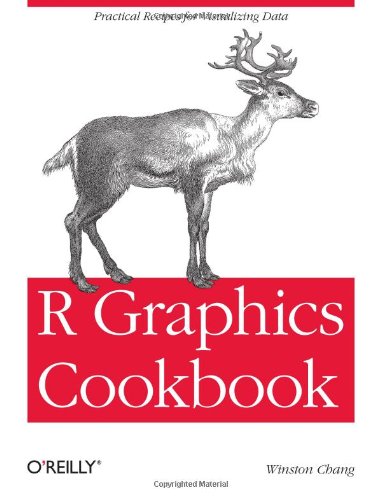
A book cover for R Graphics Cookbook; Winston Chang; Computers & Technology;